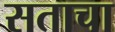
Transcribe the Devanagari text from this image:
सताचा